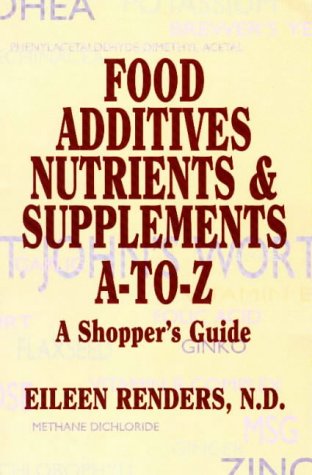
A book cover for Food Additives, Nutrients & Supplements A-To-Z: A Shopper's Guide; Eileen Renders; Health, Fitness & Dieting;